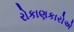
રોકાણકારોએ